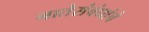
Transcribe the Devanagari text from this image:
नातेसंबंधांचे